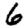
Digit: 6